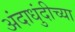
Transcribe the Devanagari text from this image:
अंदाधुंदीच्या